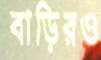
বাড়িরও